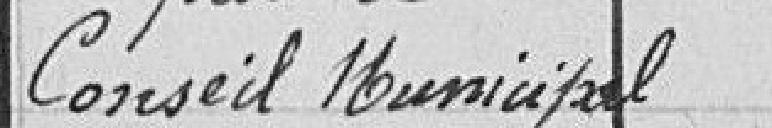
par le Conseil Municipal